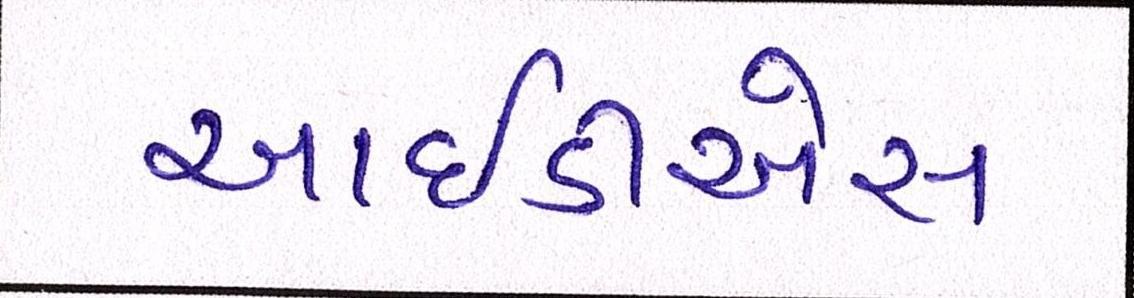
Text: આઇડીએસ